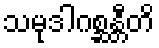
သမုဒါဂစ္ဆန္တီတိ